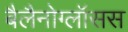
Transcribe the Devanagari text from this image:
बैलैनोग्लॉसस